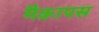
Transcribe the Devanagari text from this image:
मैक्रापस